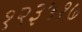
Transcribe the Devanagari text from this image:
१२३५१७